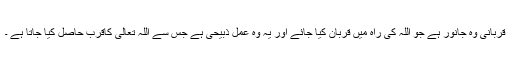
قربانی وہ جانور ہے جو اللہ کی راہ میں قربان کیا جائے اور یہ وہ عمل ذبیحی ہے جس سے اللہ تعالیٰ کاقرب حاصل کیا جاتا ہے ۔